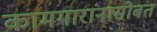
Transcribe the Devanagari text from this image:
कामगारांनासोबत